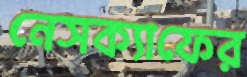
নেসক্যাফের